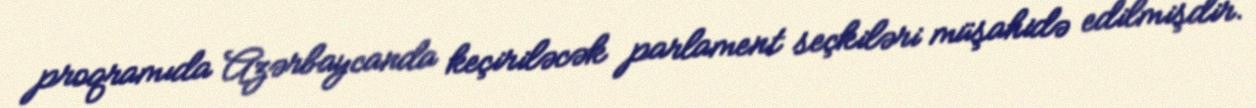
proqramıda Azərbaycanda keçiriləcək parlament seçkiləri müşahidə edilmişdir.